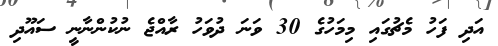
އަދި ފަހު މެޗުގައި މިމަހުގެ 30 ވަނަ ދުވަހު ރާއްޖެ ނުކުންނާނީ ސައޫދި